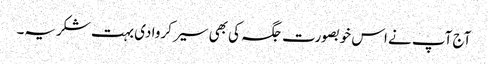
آج آپ نے اس خوبصورت جگہ کی بھی سیر کروا دی بہت شکریہ۔